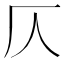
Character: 仄